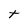
Character: T